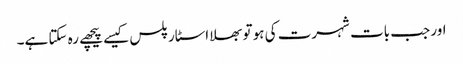
اور جب بات شہرت کی ہو تو بھلا اسٹار پلس کیسے پیچھے رہ سکتا ہے۔